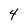
Character: 4